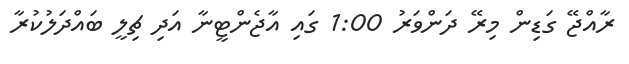
ރާއްޖޭ ގަޑިން މިރޭ ދަންވަރު 1:00 ގައި އާޖެންޓީނާ އަދި ޗިލީ ބައްދަލުކުރާ